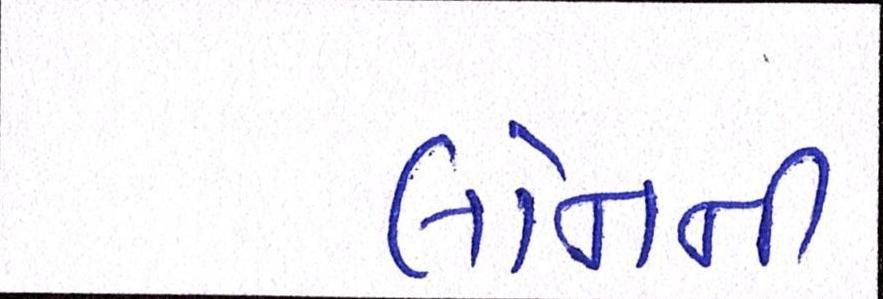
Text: લોનની